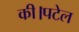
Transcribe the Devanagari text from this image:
की।पटेल